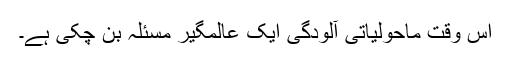
اس وقت ماحولیاتی آلودگی ایک عالمگیر مسئلہ بن چکی ہے۔